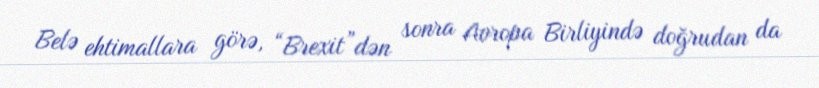
Belə ehtimallara görə, “Brexit”dən sonra Avropa Birliyində doğrudan da